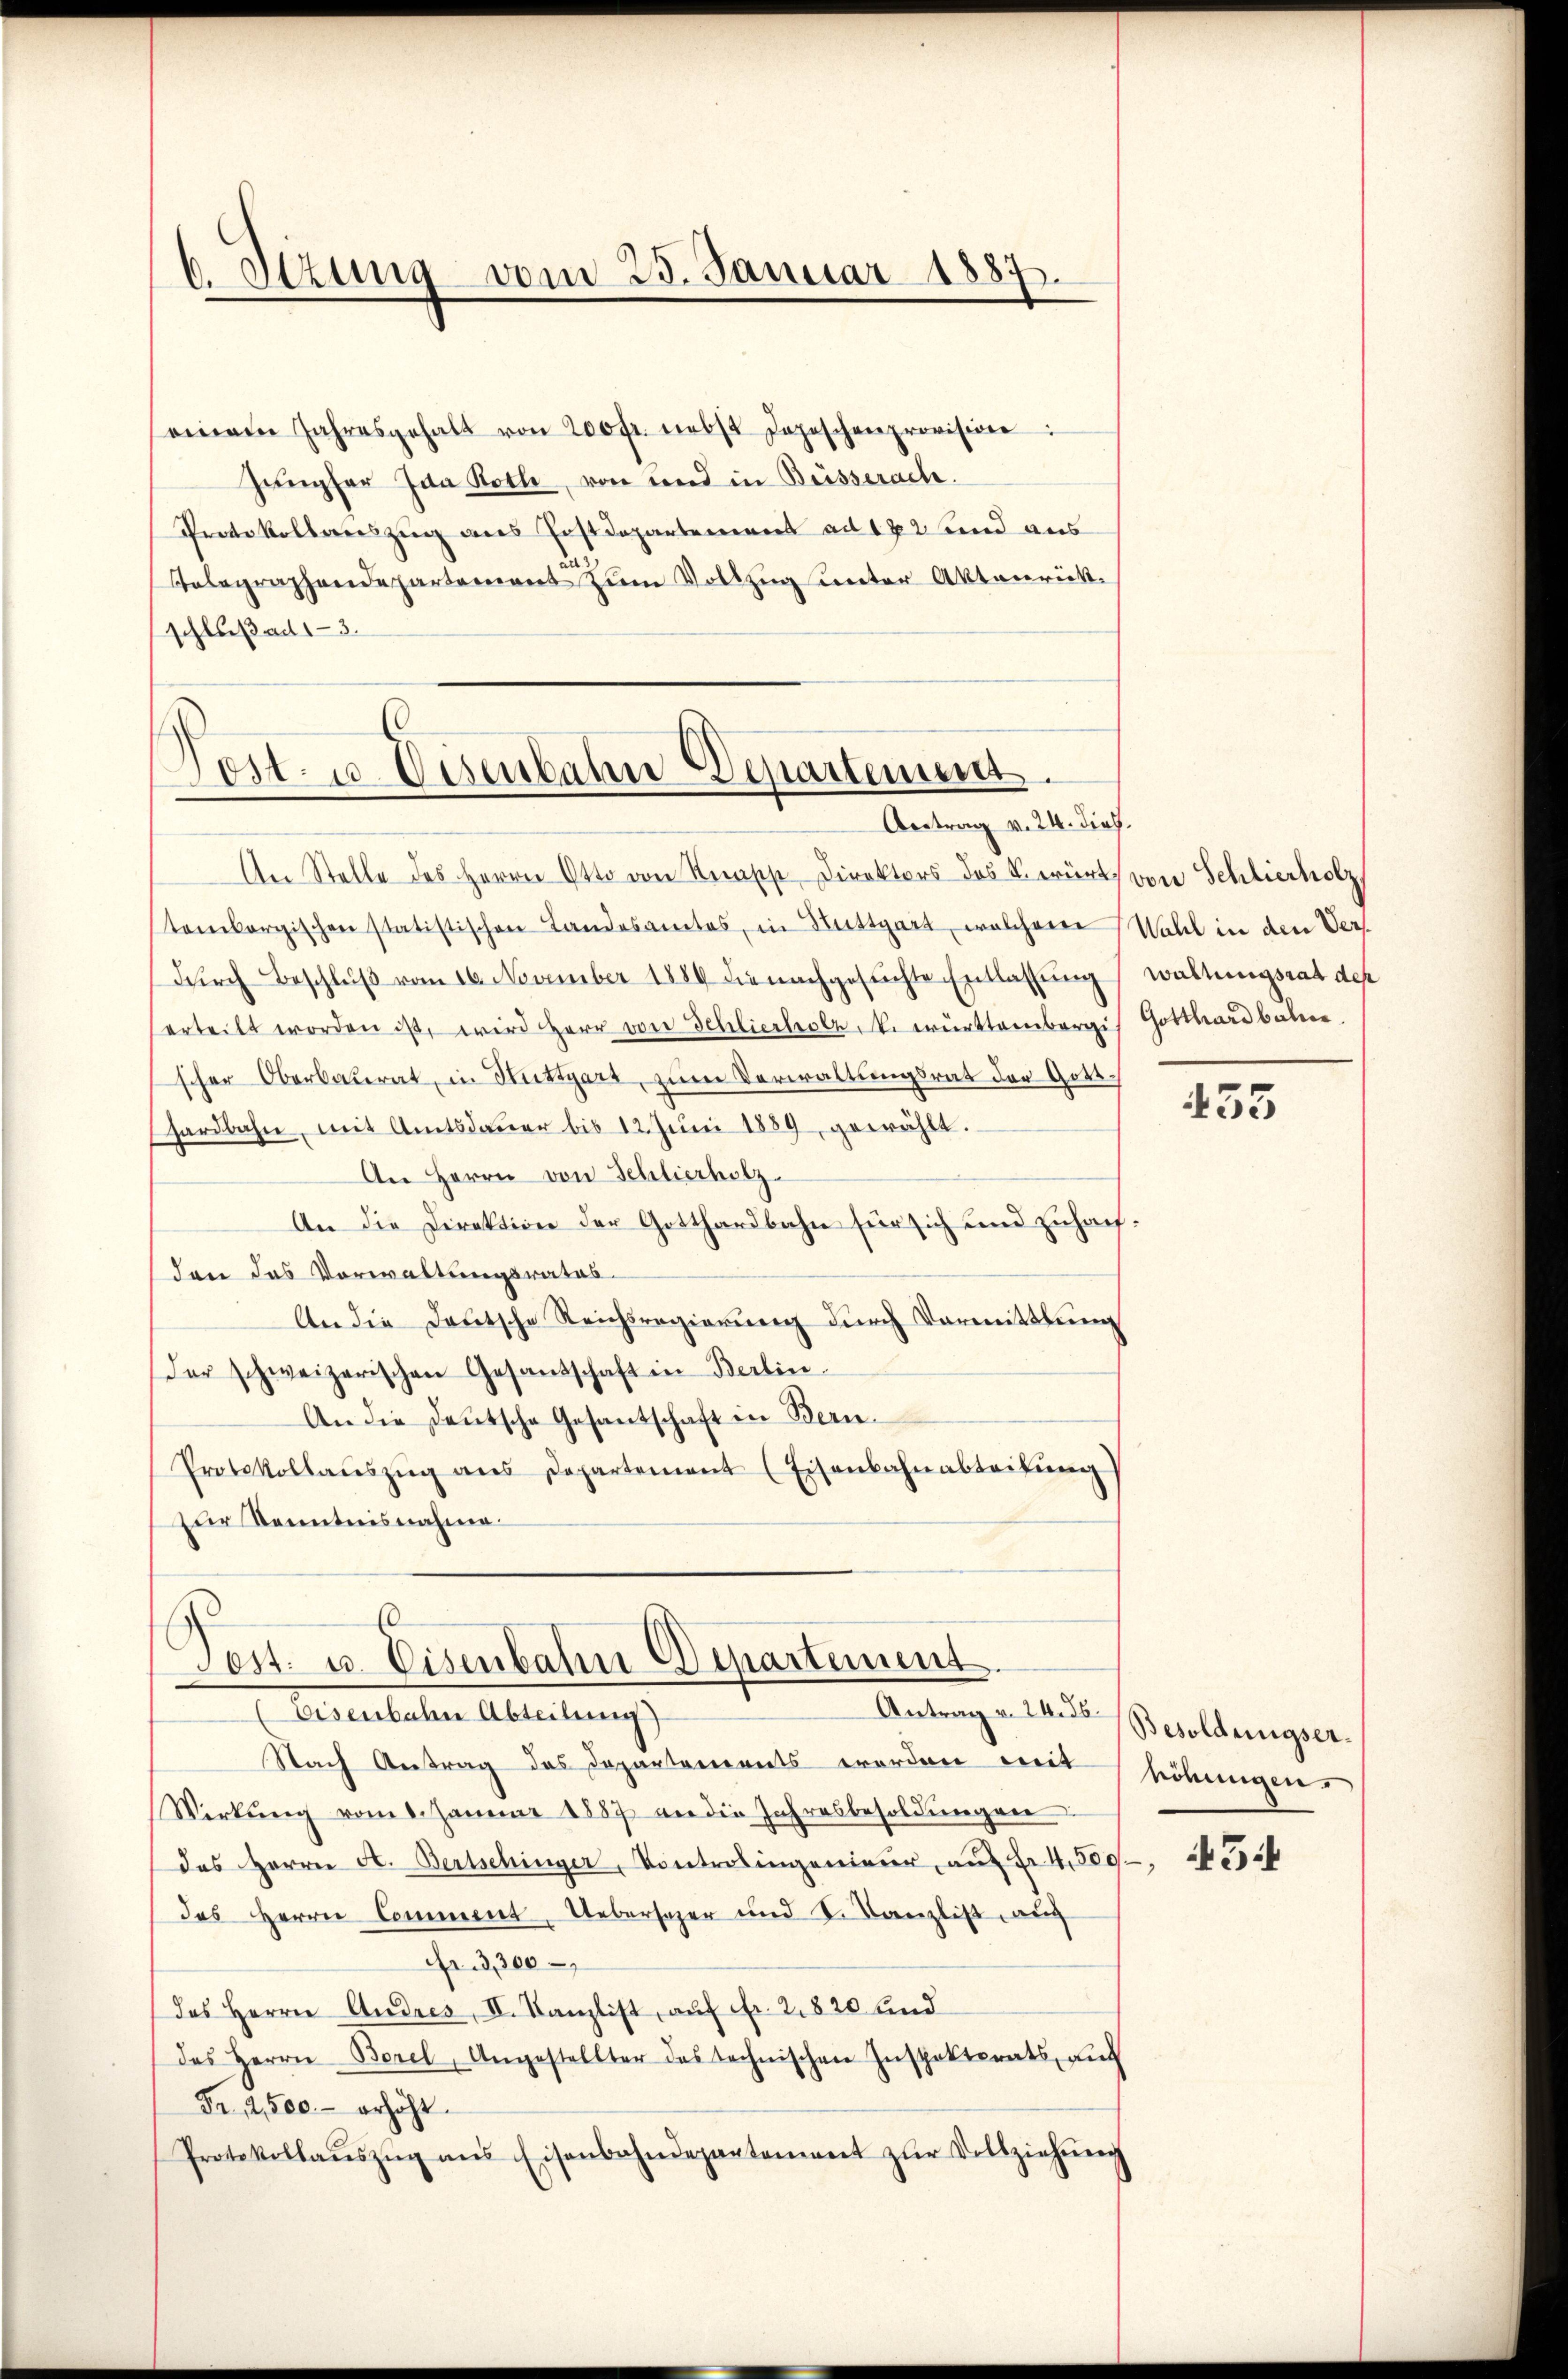
6 Stzung vom 25. Januar 1887.

einem Jahresgehalt von 200 fr. nebst Jopischenprovision
Jungfer Jaa Roth, von und in Besserach.
Protokollauszug aus Postdepartement ad 172 und aus
Telegraphendepartement zum Vollzug unter Aktenrückschluß ad 13.

Dost- u. Eisenbahn Departement.
Aertrag v. 24. dies

An Stelle des Herrn Otto von Reische Direktors des Verürt von Schlierholz
tembergischen statistischen Landesamtes, in Stuttgart, welchem
dŭrch Beschlŭβ vom 16. November 1889 die nachgesuchte Entlassung
erteilt worden ist, wird Herr von Schlierholz N. württembergi
scher Oberbauerat, in Stuttgart, zum Verwaltungsrat der Gotthardbahn, mit Amtsdaŭer bis 12. Jŭni 1889 gewählt.
An Herrn von Schlierholz
An die Direktion der Gotthardbahn für sich und zuhauf
den das Vorwaltungsrates.
An die Deutsche Reichsregierŭng dŭrch Vormittlung
der schweizerischen Gesandschaft in Berlin.
An die Deutsche Gesantschaft in Bern.
Protokollaŭszŭg ans Departement (Eisenbahnabteilŭng
zur Kenntnisnahme.
Pest. u. Eisenbahn Departement
Antrag v. 24. 56.
Eisenbahn Abteilung)
Nach Antrag des Departements worden mit höhungen,
Wirkŭng vom 1. Januar 1887 an die Jahresbesoldŭngen
das Herrn A. Bertschinger, Kontrolingenieur, auf Fr. 4800
des Herrn Comment, Uebersazer und S. Kanzlist, auch
Fr. 3,300
das Herrn Andres, II. Kanzlist, auf Fr. 2820 und
des Herrn Borel, Angestellter das technischen Inspektorats, auc
Fr. 2500.- erhöht.
Protokollaŭszŭg ans Eisenbahndepartement zŭr Vollziehŭng

Wahl in den Verwaltungsrat des
Gotthardbahne

455

Besoldungser¬

54